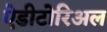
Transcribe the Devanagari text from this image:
ऐडीटोरिअल